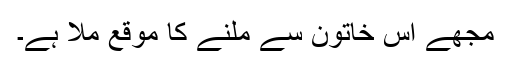
مجھے اس خاتون سے ملنے کا موقع ملا ہے۔